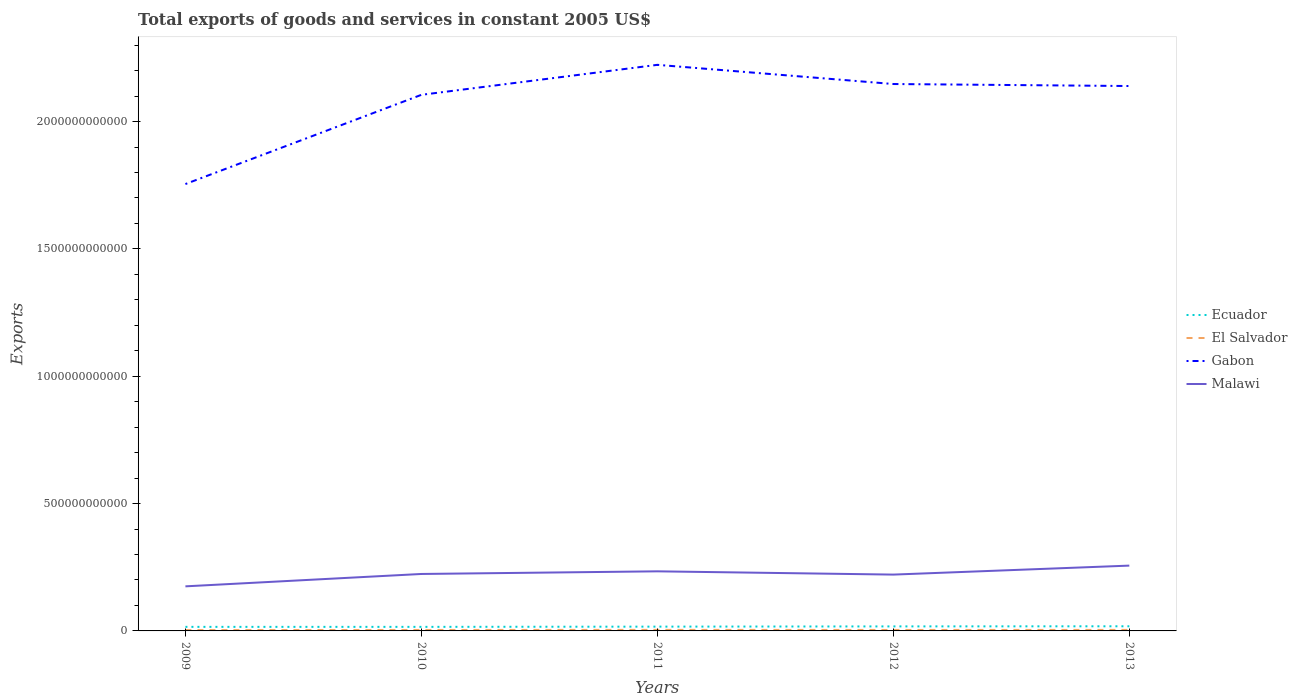
| Years | Ecuador | El Salvador | Gabon | Malawi |
 | --- | --- | --- | --- | --- |
 | 2009 | 1.6e+10 | 3.36e+09 | 1.75e+12 | 1.75e+11 |
 | 2010 | 1.59e+10 | 3.75e+09 | 2.11e+12 | 2.24e+11 |
 | 2011 | 1.68e+10 | 4.1e+09 | 2.22e+12 | 2.34e+11 |
 | 2012 | 1.78e+10 | 3.8e+09 | 2.15e+12 | 2.21e+11 |
 | 2013 | 1.82e+10 | 3.99e+09 | 2.14e+12 | 2.56e+11 |